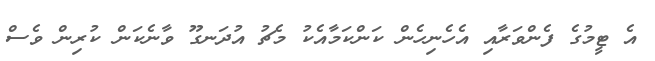
އެ ޓީމުގެ ފެންވަރާއި އެހެނިހެން ކަންކަމާއެކު މެޗު އުދަނގޫ ވާނެކަން ކުރިން ވެސް